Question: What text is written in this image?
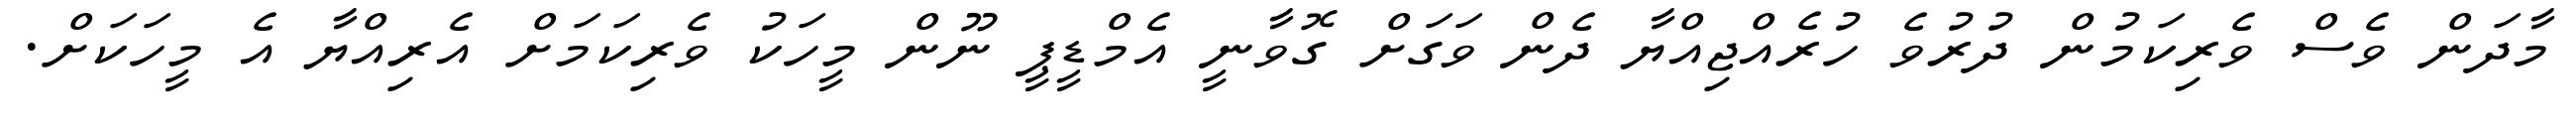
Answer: މާދަން ވެސް ވެރިކަމުން ދުރުވެ ހުރެއްޖިއްޔާ ދެން ވަގަށް ގޮވާނީ އެމްޑީޕީ ނޫން މީހަކު ވެރިކަމަށް އެރިއްޔާ އެ މީހަކަށް.